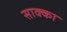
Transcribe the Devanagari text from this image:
साक्का